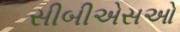
સીબીએસઓ